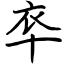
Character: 䘚